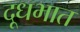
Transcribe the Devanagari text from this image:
दूधभात